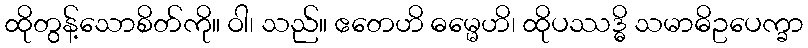
ထိုတွန့်သောစိတ်ကို။ ဝါ၊ သည်။ ဧတေဟိ ဓမ္မေဟိ၊ ထိုပဿဒ္ဓိ သမာဓိဥပေက္ခာ